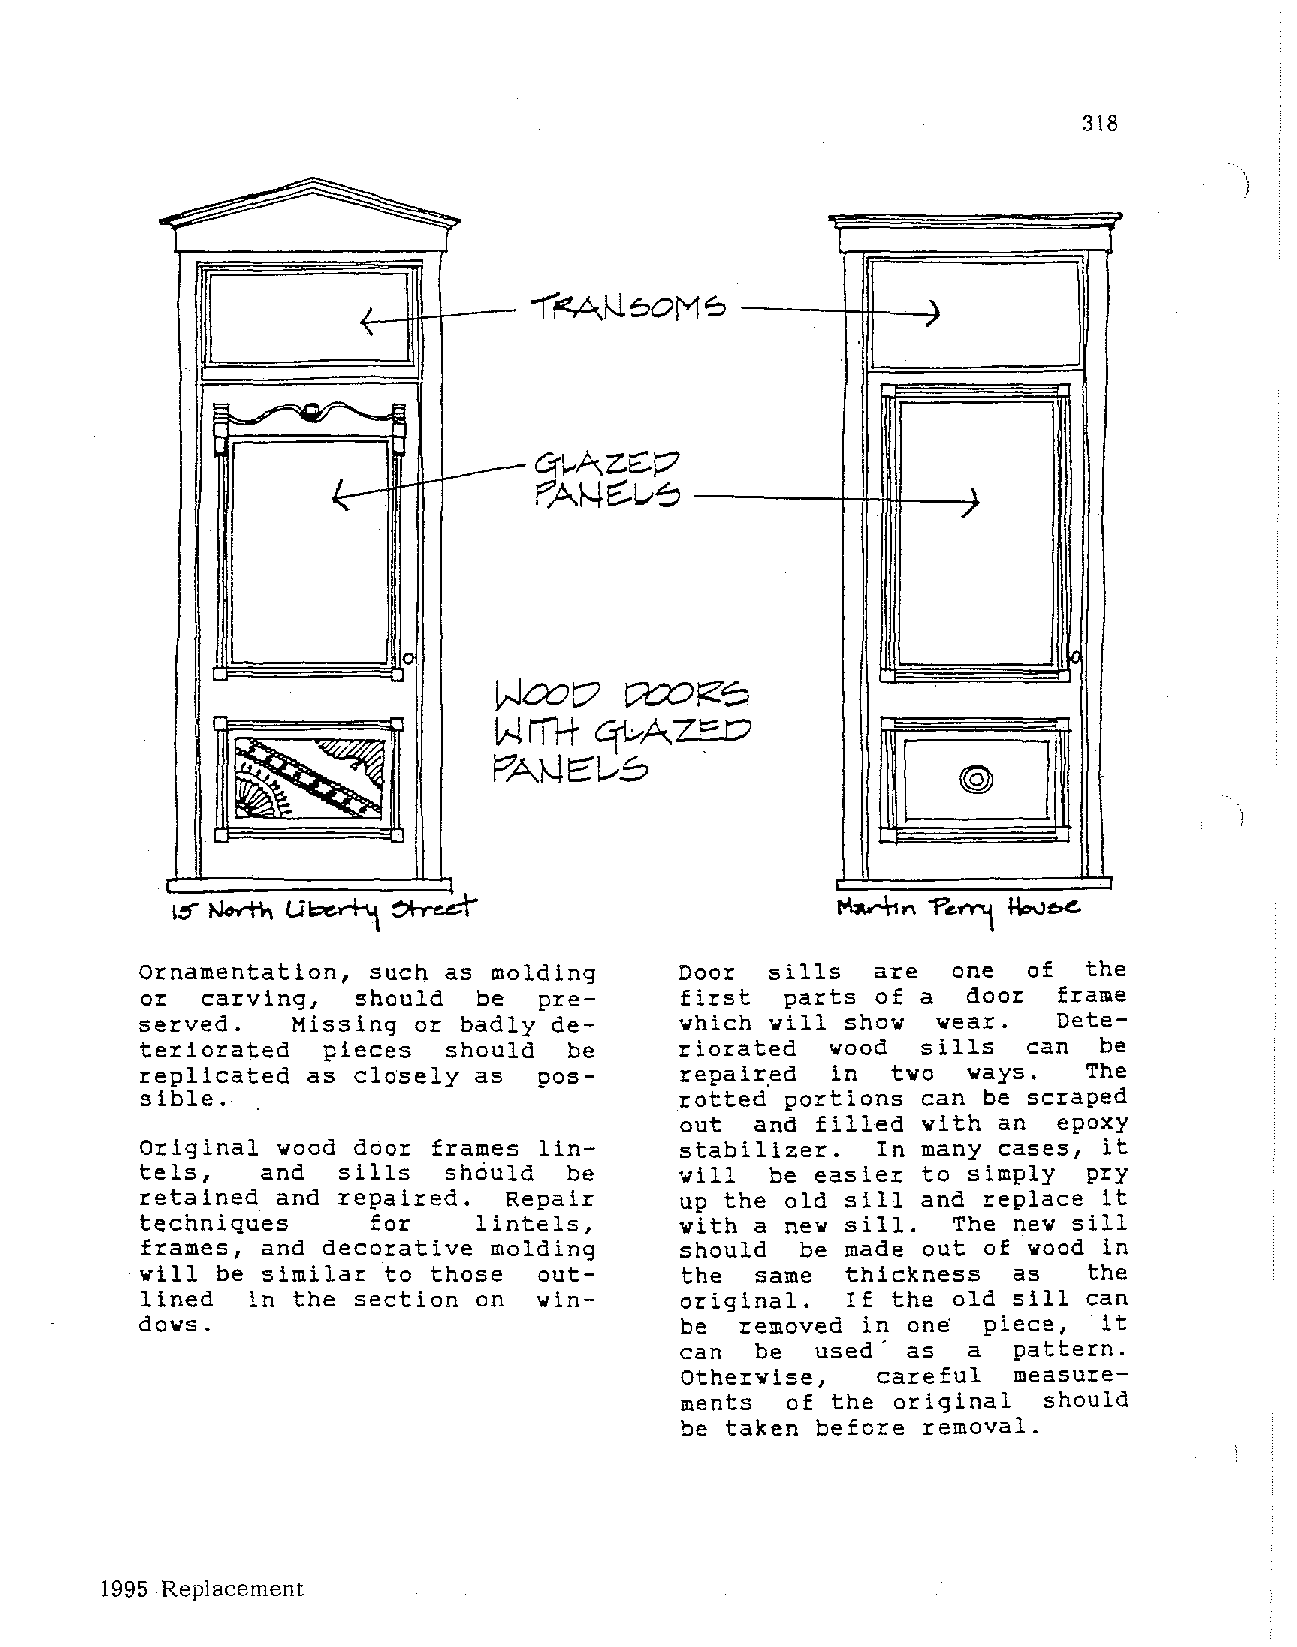
318
 6             _\
 7
 \
 ./
 Wmv      c::w
 RS
 H rn-t qL--AZ r-o
 [  !   ]
 P'A~E:L--.S
 ornamentation, such as molding     Door  sills  are  one  of  the
 or  carving,  should  be  pre      first  parts of a  door  frame
 served.   Missing or badly de      which will show  wear.   Dete
 teriorated  pieces  should  be     riorated  wood  sills  can  be
 replicated as closely as  pos      repair.ed in  two  ways.   The
 sible.                             rotted portions can be scraped
 out  and filled with an  epoxy
 Original wood door frames lin      stabilizer.  In many cases, it
 tels,   and  sills  should  be     will  be easier to simply  pry
 retained and repaired.  Repair     up the old sill and replace it
 techniques     for    lintels,     with a new sill.  The new sill
 frames, and decorative molding     should  be made out of wood in
 will be similar to those  out      the  same  thickness  as   the
 lined  in the section on  win      original.  If the old sill can
 dows.                              be  removed in one  piece,  it
 can  be  used' as  a  pattern.
 Otherwise,   careful  measure
 ments  of the original  should
 be taken before removal.
 1995 Replacement